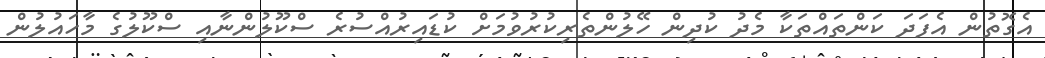
އެގޮތުން އެފަދަ ކަންތައްތަކާ މެދު ކުދިން ހޭލުންތެރިކުރުވުމަށް ކުޑައިރުއްސުރެ ސްކޫލުންނާއި ސްކޫލުގެ މާހައުލުން